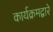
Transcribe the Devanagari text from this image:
कार्यक्रमद्वारे